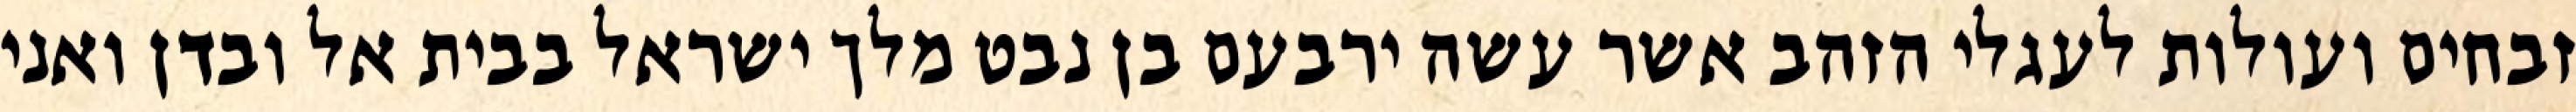
זבחים ועולות לעגלי הזהב אשר עשה ירבעם בן נבט מלך ישראל בבית אל ובדן ואני